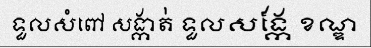
ទួលសំពៅ សង្កាត់ ទួលសង្កែ ខណ្ឌ